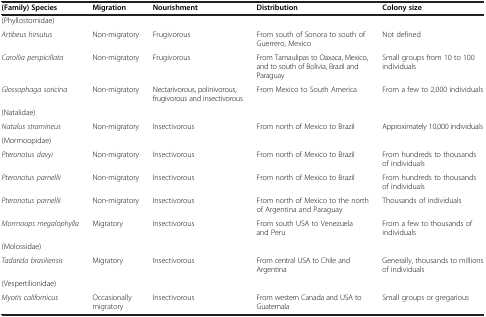
<table><thead><tr><td><b>(Family) Species</b></td><td><b>Migration</b></td><td><b>Nourishment</b></td><td><b>Distribution</b></td><td><b>Colony size</b></td></tr></thead><tbody><tr><td>(Phyllostomidae)</td><td> </td><td> </td><td> </td><td> </td></tr><tr><td><i>Artibeus hirsutus</i></td><td>Non-migratory</td><td>Frugivorous</td><td>From south of Sonora to south of Guerrero, Mexico</td><td>Not defined</td></tr><tr><td><i>Carollia perspicillata</i></td><td>Non-migratory</td><td>Frugivorous</td><td>From Tamaulipas to Oaxaca, Mexico, and to south of Bolivia, Brazil and Paraguay</td><td>Small groups from 10 to 100 individuals</td></tr><tr><td><i>Glossophaga soricina</i></td><td>Non-migratory</td><td>Nectarivorous, polinivorous, frugivorous and insectivorous</td><td>From Mexico to South America</td><td>From a few to 2,000 individuals</td></tr><tr><td>(Natalidae)</td><td> </td><td> </td><td> </td><td> </td></tr><tr><td><i>Natalus stramineus</i></td><td>Non-migratory</td><td>Insectivorous</td><td>From north of Mexico to Brazil</td><td>Approximately 10,000 individuals</td></tr><tr><td>(Mormoopidae)</td><td> </td><td> </td><td> </td><td> </td></tr><tr><td><i>Pteronotus davyi</i></td><td>Non-migratory</td><td>Insectivorous</td><td>From north of Mexico to Brazil</td><td>From hundreds to thousands of individuals</td></tr><tr><td><i>Pteronotus parnellii</i></td><td>Non-migratory</td><td>Insectivorous</td><td>From north of Mexico to Brazil</td><td>From hundreds to thousands of individuals</td></tr><tr><td><i>Pteronotus parnellii</i></td><td>Non-migratory</td><td>Insectivorous</td><td>From north of Mexico to the north of Argentina and Paraguay</td><td>Thousands of individuals</td></tr><tr><td><i>Mormoops megalophylla</i></td><td>Migratory</td><td>Insectivorous</td><td>From south USA to Venezuela and Peru</td><td>From a few to thousands of individuals</td></tr><tr><td>(Molossidae)</td><td> </td><td> </td><td> </td><td> </td></tr><tr><td><i>Tadarida brasiliensis</i></td><td>Migratory</td><td>Insectivorous</td><td>From central USA to Chile and Argentina</td><td>Generally, thousands to millions of individuals</td></tr><tr><td>(Vespertilionidae)</td><td> </td><td> </td><td> </td><td> </td></tr><tr><td><i>Myotis californicus</i></td><td>Occasionally migratory</td><td>Insectivorous</td><td>From western Canada and USA to Guatemala</td><td>Small groups or gregarious</td></tr></tbody></table>